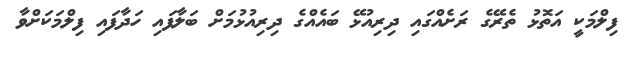
ފިލްމަކީ އަތޮޅު ތެރޭގެ ރަށެއްގައި ދިރިއުޅޭ ބައެއްގެ ދިރިއުޅުމަށް ބަލާފައި ހަދާފައި ފިލްމަކަށްވާ